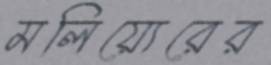
মলিয়্যেরের